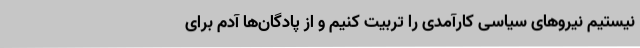
نیستیم نیروهای سیاسی کارآمدی را تربیت کنیم و از پادگان‌ها آدم برای